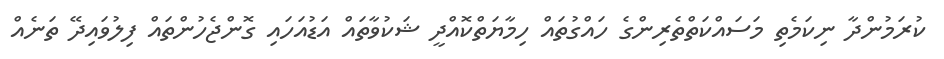
ކުރަމުންދާ ނިކަމެތި މަސައްކަތްތެރިންގެ ހައްގުތައް ހިމާޔަތްކޮއްދީ ޝަކުވާތައް އަޑުއަހައި ގޮންޖެހުންތައް ފިލުވައިދޭ ތަނެއް